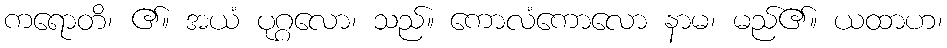
ကရောတိ၊ ၏။ အယံ ပုဂ္ဂလော၊ သည်။ ကောလံကောလော နာမ၊ မည်၏။ ယထာဟ၊